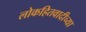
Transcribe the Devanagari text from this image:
लोकहितवादीच्या